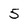
Character: 5